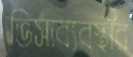
ভিসাব্যবস্থার